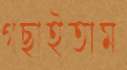
গছাইতাম